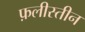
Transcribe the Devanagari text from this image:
फ़लीस्तीन